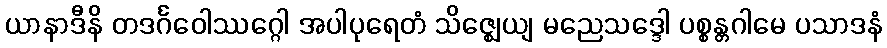
ယာနာဒီနိ တဒင်္ဂဝေါဿဂ္ဂေါ အပါပုရေတံ သိဇ္ဈေယျ မညေသဒ္ဒေါ ပစ္စန္တဂါမေ ပသာဒနံ